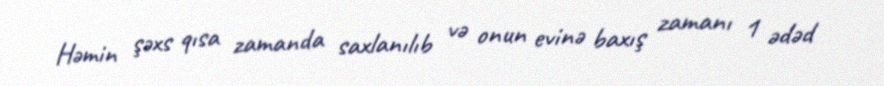
Həmin şəxs qısa zamanda saxlanılıb və onun evinə baxış zamanı 1 ədəd